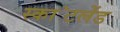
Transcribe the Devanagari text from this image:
स्का॓टलेंड